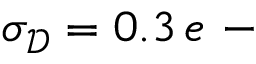
\sigma _ { \mathscr D } = 0 . 3 \, e \mathrm { ~ - ~ }